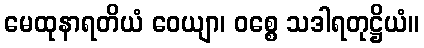
မေထုနာရတိယံ ဝေယျာ၊ ဝစ္စေ သဒါရတုဋ္ဌိယံ။